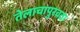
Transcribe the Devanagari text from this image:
तेलाचापुरवठा